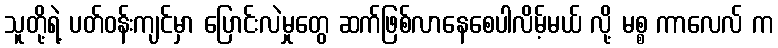
သူတို့ရဲ့ ပတ်ဝန်းကျင်မှာ ပြောင်းလဲမှုတွေ ဆက်ဖြစ်လာနေစေပါလိမ့်မယ် လို့ မစ္စ ကာလေလ် က